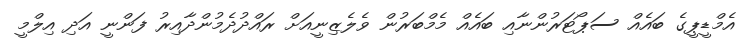
އެމްޑީޕީގެ ބައެއް ސަޕޯޓަރުންނާއި ބައެއް މެމްބަރުން ވެލެޒިނީއަށް ރައްދުދެމުންދާއިރު ފަންނީ އަދި އިލްމީ